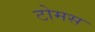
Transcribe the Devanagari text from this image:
टोमस